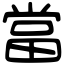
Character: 當